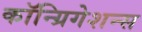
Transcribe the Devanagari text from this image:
कॉन्ग्रिगेशन्स